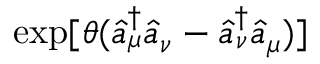
\exp [ \theta ( \hat { a } _ { \mu } ^ { \dagger } \hat { a } _ { \nu } - \hat { a } _ { \nu } ^ { \dagger } \hat { a } _ { \mu } ) ]